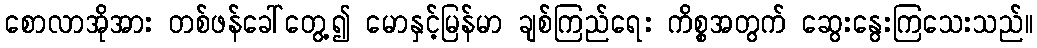
စောလာအိုအား တစ်ဖန်ခေါ်တွေ့၍ မောနှင့်မြန်မာ ချစ်ကြည်ရေး ကိစ္စအတွက် ဆွေးနွေးကြသေးသည်။